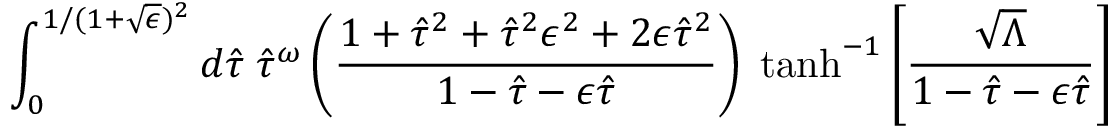
\int _ { 0 } ^ { 1 / ( 1 + \sqrt { \epsilon } ) ^ { 2 } } d \hat { \tau } \; \hat { \tau } ^ { \omega } \left( \frac { 1 + \hat { \tau } ^ { 2 } + \hat { \tau } ^ { 2 } \epsilon ^ { 2 } + 2 \epsilon \hat { \tau } ^ { 2 } } { 1 - \hat { \tau } - \epsilon \hat { \tau } } \right) \; \operatorname { t a n h } ^ { - 1 } \left[ \frac { \sqrt { \Lambda } } { 1 - \hat { \tau } - \epsilon \hat { \tau } } \right]